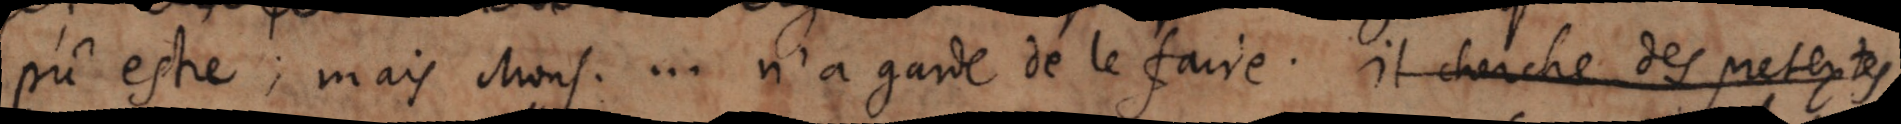
pû estre; mais dont ... n’a garde de le faire. Il cherche des pretextes